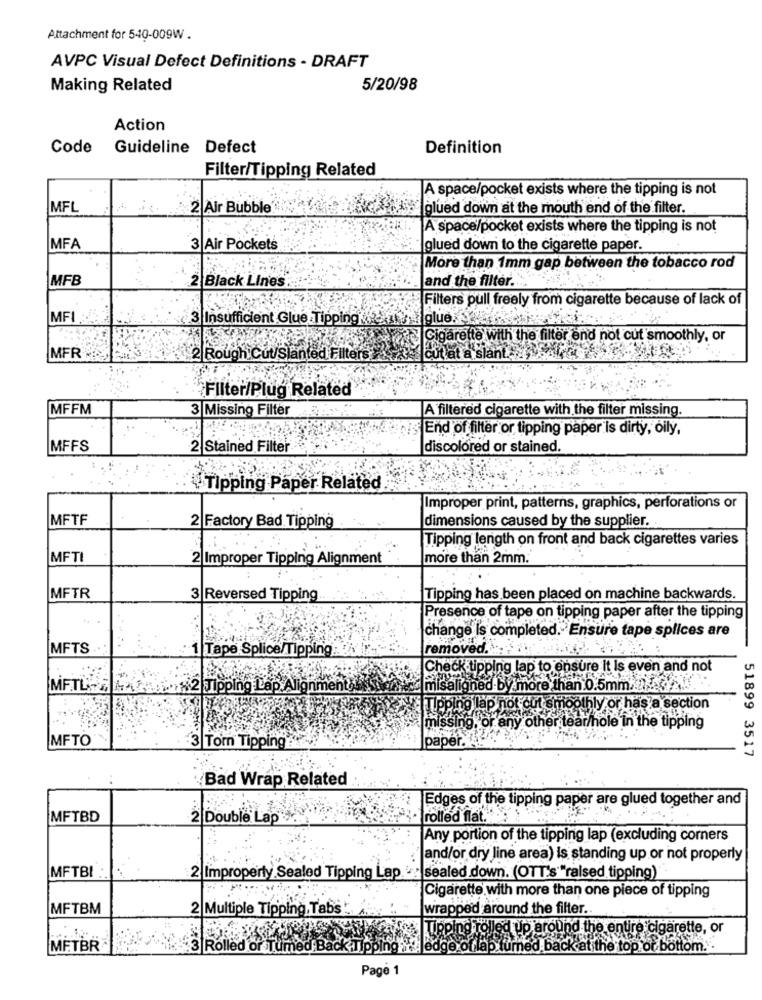
Attachment for 540-009W .
AVPC Visual Defect Definitions - DRAFT
Making Related
5/20/98
Action
Code
Guideline Defect
Definition
Filter/Tipping Related
A space/pocket exists where the tipping is not
MFL
2 Air Bubble
glued down at the mouth end of the filter.
A space/pocket exists where the tipping is not
MFA
3|Air Pockets
glued down to the cigarette paper.
More than 1mm gap between the tobacco rod
MFB
2 Black Lines
and the filter.
Filters pull freely from cigarette because of lack of
MF
3 Insufficient Glue Tipping
glue.
Cigarette with the filter end not cut smoothly, or
MFR
2 Rough Cut/Slanted Filters
cut at a slant.
Filter/Plug Related
MFFM
3 Missing Filter
A filtered cigarette with the filter missing.
5 End of filter or tipping paper is dirty, oily,
MFFS
2 Stained Filter
discolored or stained.
Tipping Paper Related
Improper print, patterns, graphics, perforations or
MFTF
dimensions caused by the supplier.
2 Factory Bad Tipping
Tipping length on front and back cigarettes varies
MFTI
2 Improper Tipping Alignment
more than 2mm.
MFTR
3 Reversed Tipping
Tipping has been placed on machine backwards.
Presence of tape on tipping paper after the tipping
change Is completed. Ensure tape splices are
MFTS
Tape Splice/Tipping
removed.
Ch
ing lap to ensure it is even and not
MAGST 2 Tipping Lap Alig
misaligned by more than 0.5mm .....
Tipping lap not cut smoothly or has a section
missing, or any other tear/hole in the tipping
MFTO
papei
3 Torn Tipping
51899 3517
Bad Wrap Related
Edges of the tipping paper are glued together and
MFTBD
2 Double Lap
rolled flat.
Any portion of the tipping lap (excluding corners
and/or dry line area) is standing up or not properly
MFTBI ..
2 Improperly Sealed Tipping Lap.
sealed down. (OTT's""raised tipping)".
Cigarette with more than one piece of tipping
MFTBM
2 Multiple Tipping,Tabs!
wrapped around the filter ..
TRpind Tolle
Lup around the entire cigarette, or
METBR
Rolled or
¿Tipping
back at the top or bottom.".
Page 1